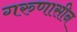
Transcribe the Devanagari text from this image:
गरुणासीन